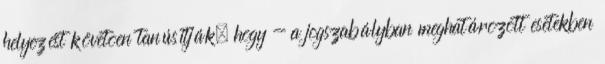
helyezést követõen tanúsítják, hogy - a jogszabályban meghatározott esetekben